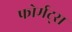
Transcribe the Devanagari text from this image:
फोर्मट्स